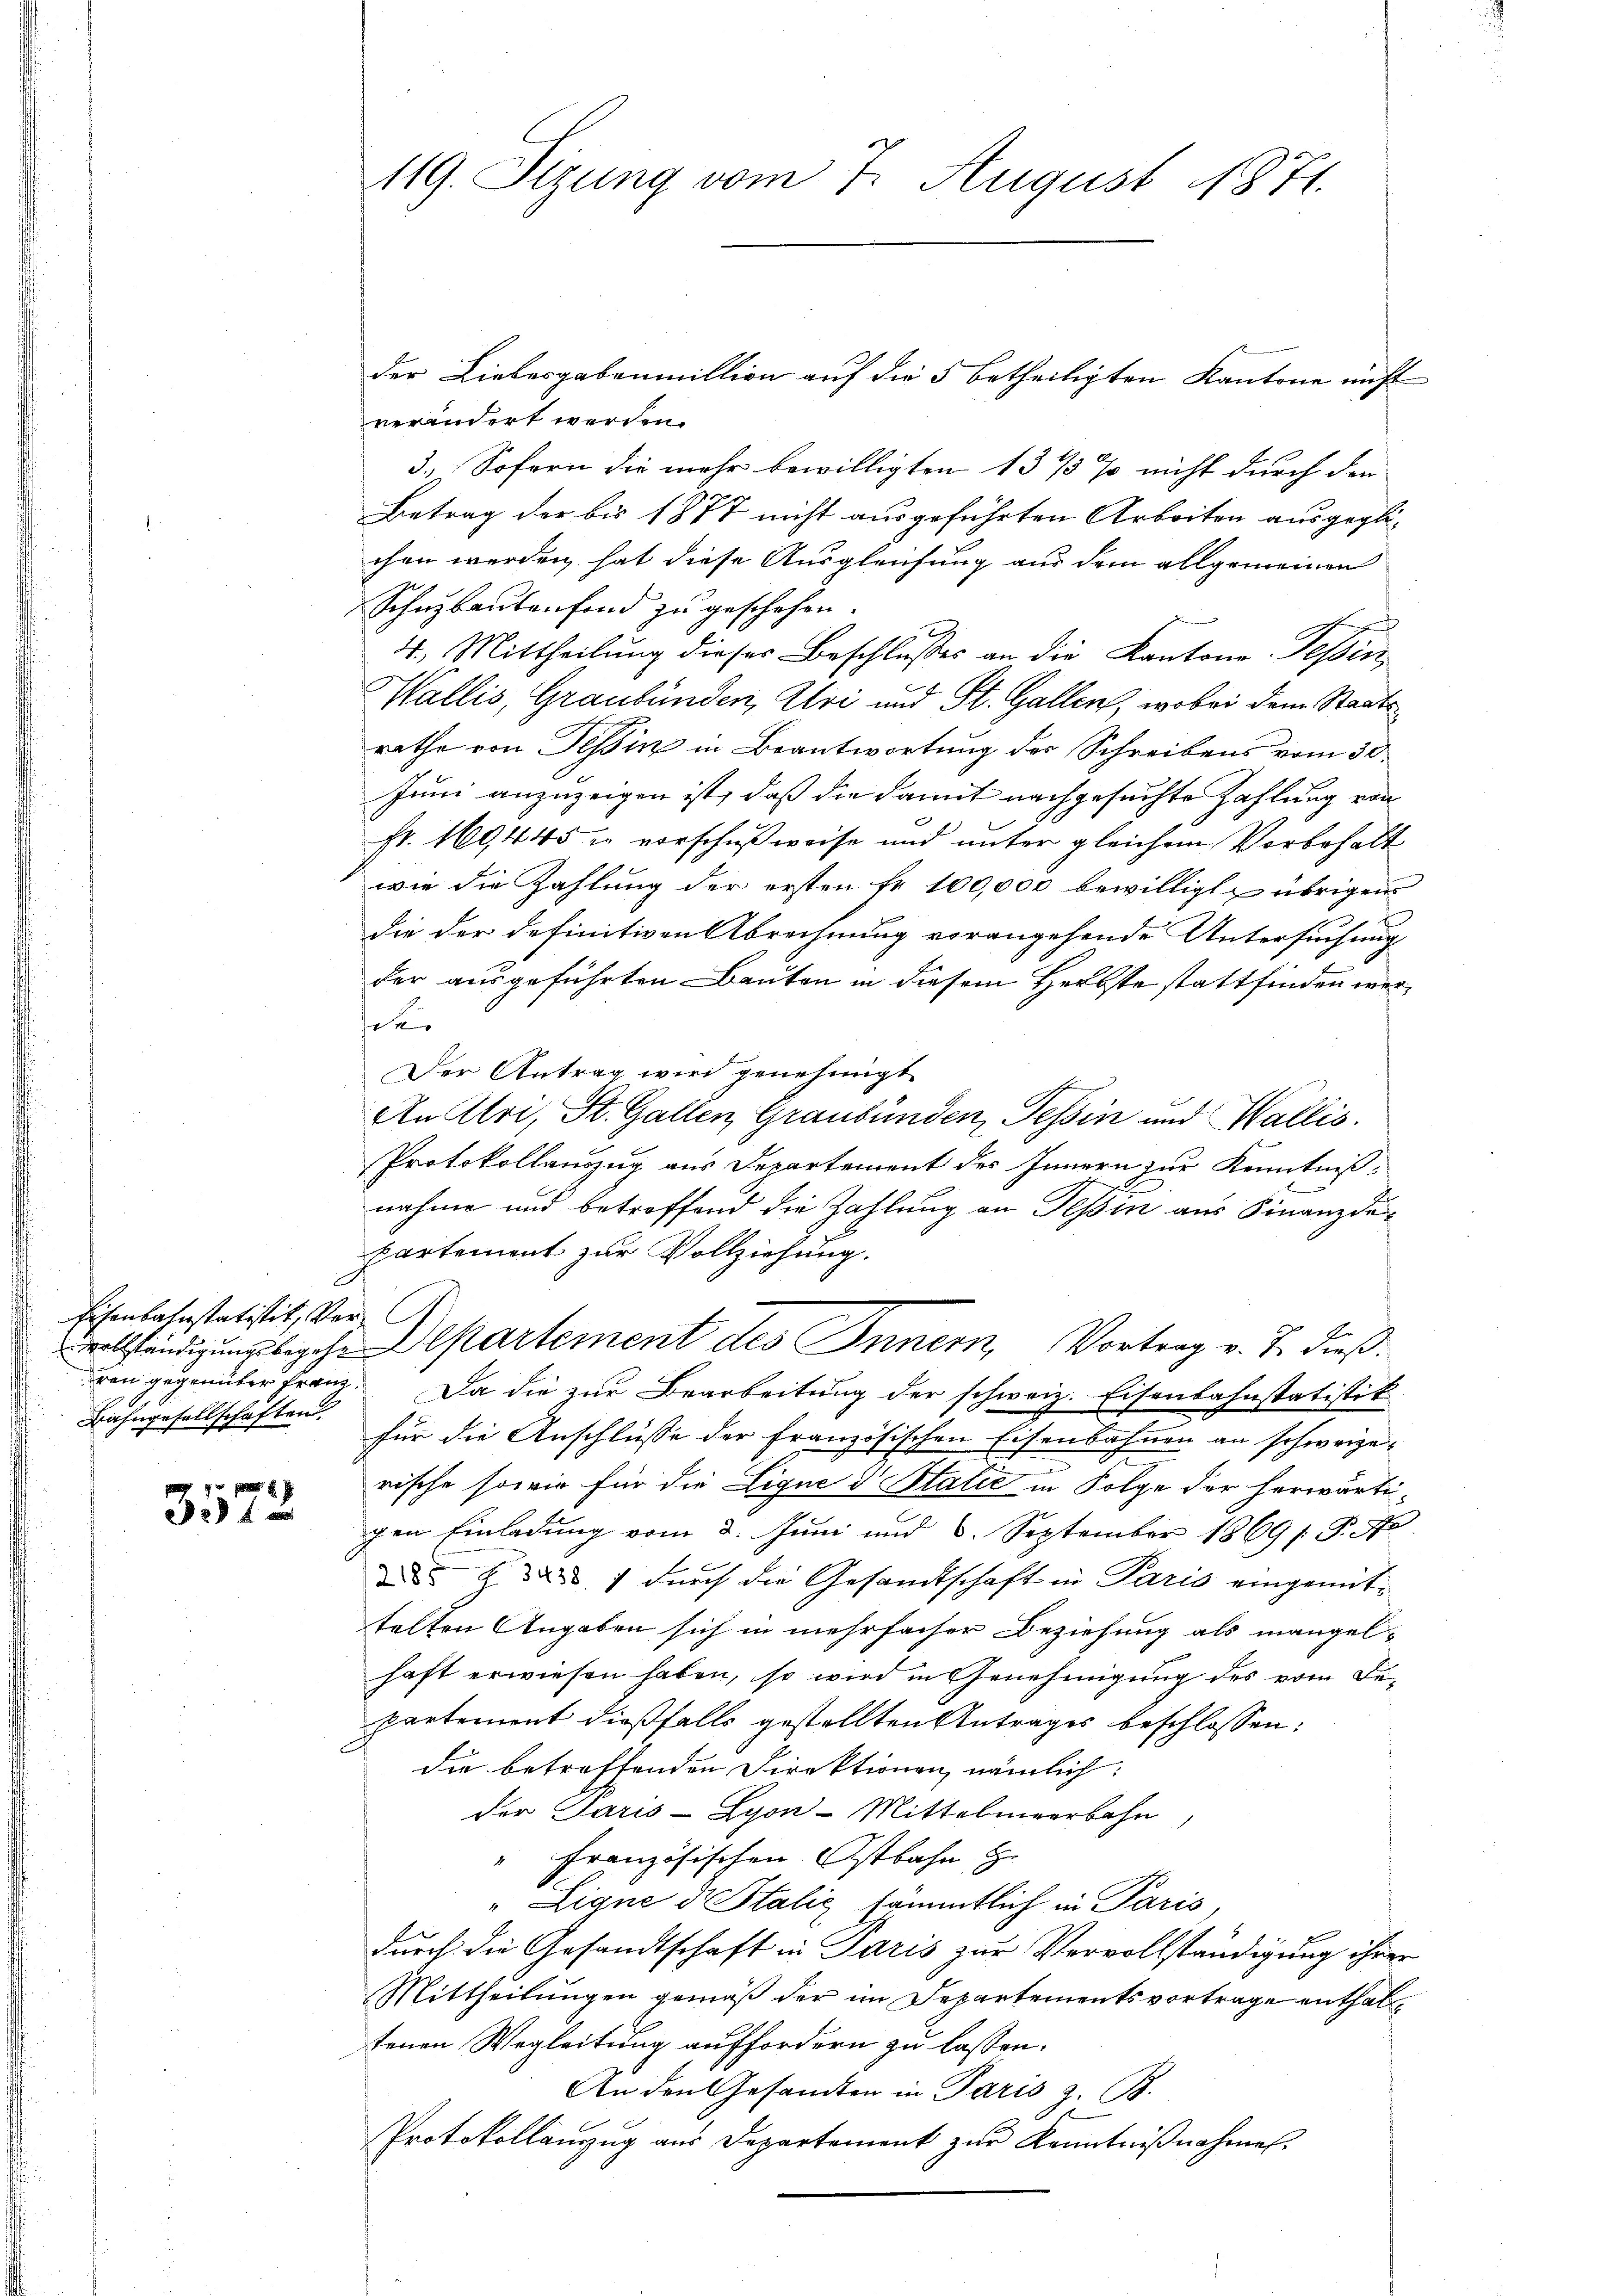
Eisenbahnstatistit, Ver¬
Bahngesellschaften.

3572.

119. Sizung vom 7. August 1871.

der Liebesgabenmillion auf die 5 betheiligten Kantone nicht
verändert werden.
3.) Sofern die mehr bewilligten 1375 % nicht durch den
Betrag der bis 1877 nicht ausgeführten Arbeiten ausgegli-
chen werden, hat diese Ausgleichung aus dem allgemeinen
Schuzbautenfond zu geschehen.
4., Mittheilung dieser Beschlusses an die Kantone Tessin,
Wallis, Graubünden, Uri und St. Gallen, wobei dem Staatsrathe von Tessin in Beantwortung der Schreibens vom 30.
Juni anzuzeigen ist, daß die damit nachgesuchte Zahlung von
Fr. 169445 u vorschußweise und unter gleichem Vorbehalt
wie die Zahlung der ersten Fr. 100,000 bewilligt & übrigen
 x
die der definitiven Abrechnung vorangehende Untersuchung
der ausgeführten Bauten in diesem Herbste stattfinden wert
Der Antrag wird genehmigt.
An Atri, St. Gallen, Graubünden, Tessin und Wallis.
Protokollauszug aus Departement des Innern zur Kenntniß
nahme und betroffend die Zahlung an Tessin aus Finanzdepartement zur Vollziehung.
vollständigungsbegehe Departement des Innern, Vortrag v. J. dießren gegenüber Franz. Da die zur Bearbeitung der schweiz. Eisenbahnstatistit
für die Anschlüsse der französischen Eisenbahnen an schweize¬

rische sowie für die Lique d Statie in Folge der herwärtigen Einladung vom 8. Juni und 6. September 1869/. P. Nr.
 32. 7 durch die Gesandtschaft in Paris eingemittelten Angaben sich in mehrfacher Beziehung als mangel-
haft erwiesen haben, so wird in Genehmigung des vom Departement dießfalls gestellten Antrages beschlossen:
die betreffenden Direktionen nämlich:
der Paris - Lyon-Mittelmeerbahn,
" Französischen Ostbahn Er
Eigne de talić sämmtlich in Paris,
durch die Gesandtschaft in Paris zur Vervollständigung ihrer
Mittheilungen gemäß der im Departementsvortrage enthaltenen Wegleitung auffordern zu lassen.
An den Gesandten in Paris z. B.
.
Protokollanzug aus Departement zur Kenntnißnahmen.